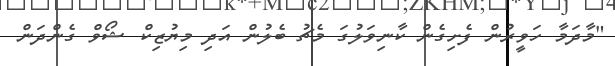
"މާދަމާ ހަވީރުން ފެށިގެން ކާނިވަލުގަ މެޗު ބެލުން އަދި މިޔުޒިކް ޝޯވް ގެންދަން